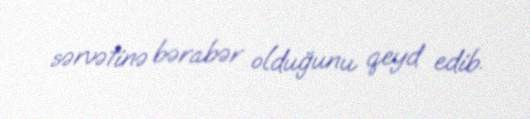
sərvətinə bərabər olduğunu qeyd edib.